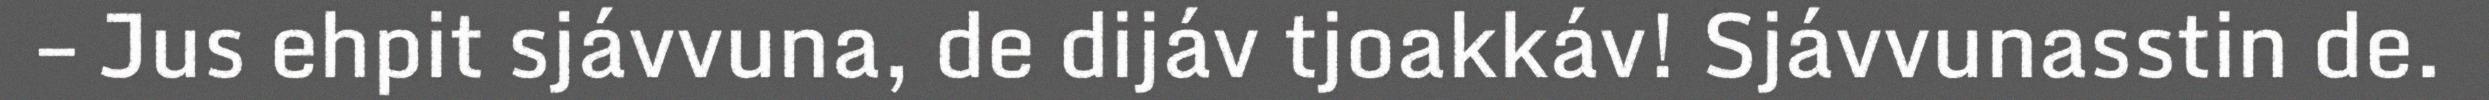
– Jus ehpit sjávvuna, de dijáv tjoakkáv! Sjávvunasstin de.